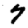
Digit: 7